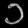
Digit: ၁